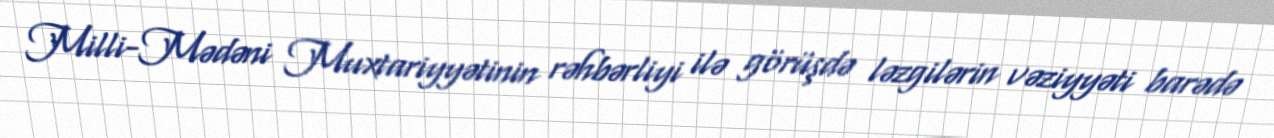
Milli-Mədəni Muxtariyyətinin rəhbərliyi ilə görüşdə ləzgilərin vəziyyəti barədə